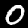
Label: 0